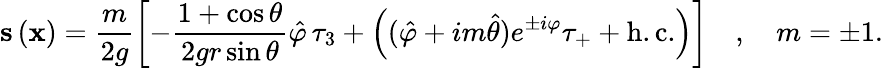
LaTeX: {\mathbf s}\left({\mathbf x}\right)=\frac{m}{2g}\left[-\frac{1+\cos\theta}{2gr\sin\theta}\hat{\varphi}\, \tau_{3}+\left((\hat{\varphi}+im\hat{\theta})e^{\pm i\varphi}\tau_{+}+\mathrm{h.c.}\right)\right]\quad,\quad m=\pm 1.